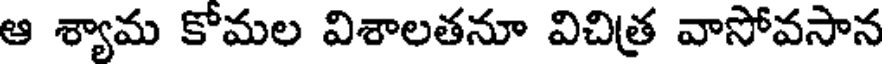
ఆ శ్యామ కోమల విశాలతనూ విచిత్ర వాసోవసాన